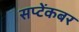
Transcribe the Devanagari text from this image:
सप्टेंकबर